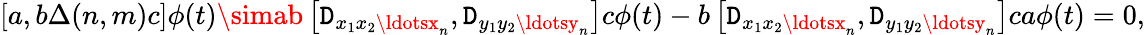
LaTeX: [a,b\Delta(n,m)c]\phi(t)\simab\left[\mathtt{D}_{x_{1}x_{2}\ldotsx_{n}},\mathtt{D}_{y_{1}y_{2}\ldotsy_{n}}\right]c\phi(t)-b\left[\mathtt{D}_{x_{1}x_{2}\ldotsx_{n}},\mathtt{D}_{y_{1}y_{2}\ldotsy_{n}}\right]ca\phi(t)=0,